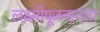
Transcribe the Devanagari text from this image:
लक्ष्मीपूजनानंतर